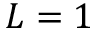
L = 1